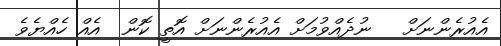
އެއުރެންނަށް   ނުދެއްވުމަށް އެއުރެންނަށް އޮތީ ކޮން  އެއް ހެއްޔެވެ